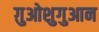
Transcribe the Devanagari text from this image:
ग़ुओशुगुआन